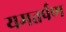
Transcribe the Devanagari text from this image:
यमतर्पण